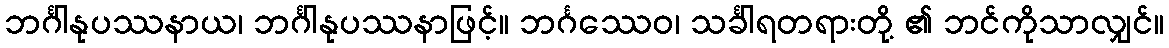
ဘင်္ဂါနုပဿနာယ၊ ဘင်္ဂါနုပဿနာဖြင့်။ ဘင်္ဂဿေဝ၊ သင်္ခါရတရားတို့ ၏ ဘင်ကိုသာလျှင်။